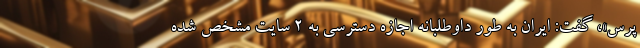
پرس»، گفت: ایران به طور داوطلبانه اجازه دسترسی به ۲ سایت مشخص شده